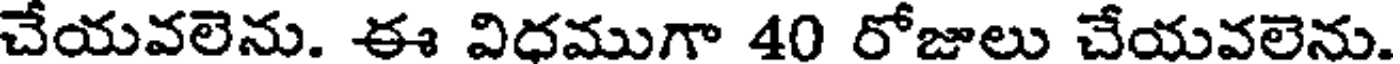
చేయవలెను. ఈ విధముగా 40 రోజాలు చేయవలెను.